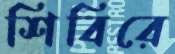
শিবিরে